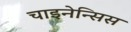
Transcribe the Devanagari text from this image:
चाइनेन्सिस